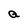
Character: a